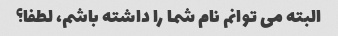
البته می توانم نام شما را داشته باشم، لطفا؟